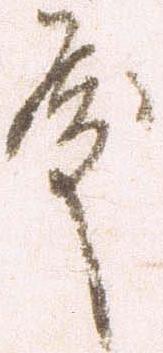
殿